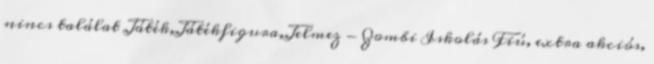
nincs találat Játék,Játékfigura,Jelmez - Zombi Iskolás Fiú, extra akciós,